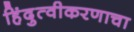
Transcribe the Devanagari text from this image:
हिंदुत्वीकरणाचा